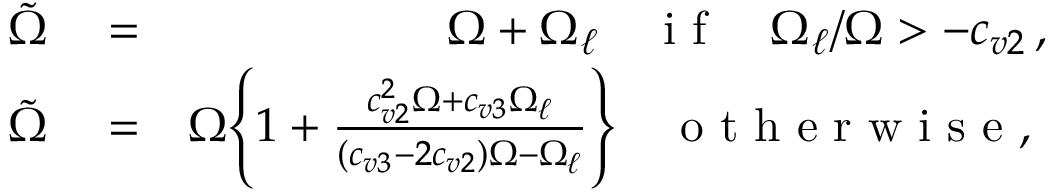
\begin{array} { r l r } { \tilde { \Omega } } & { { } = } & { \Omega + \Omega _ { \ell } \quad \mathrm { ~ i ~ f ~ } \quad \Omega _ { \ell } / \Omega > - c _ { v 2 } \, , } \\ { \tilde { \Omega } } & { { } = } & { \Omega \Bigg \{ 1 + \frac { c _ { v 2 } ^ { 2 } \Omega + c _ { v 3 } \Omega _ { \ell } } { ( c _ { v 3 } - 2 c _ { v 2 } ) \Omega - \Omega _ { \ell } } \Bigg \} \quad \mathrm { ~ o ~ t ~ h ~ e ~ r ~ w ~ i ~ s ~ e ~ , ~ } } \end{array}